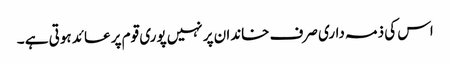
اس کی ذمہ داری صرف خاندان پر نہیں پوری قوم پر عائد ہوتی ہے ۔